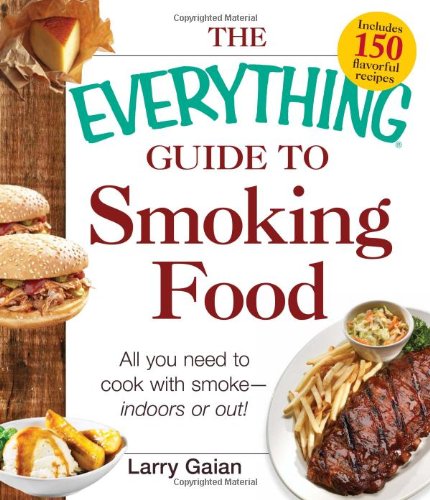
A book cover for The Everything Guide to Smoking Food: All You Need to Cook with Smoke--Indoors or Out!; Larry Gaian; Cookbooks, Food & Wine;